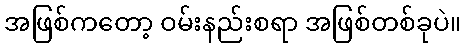
အဖြစ်ကတော့ ဝမ်းနည်းစရာ အဖြစ်တစ်ခုပဲ။